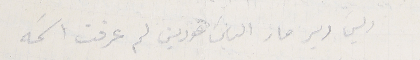
ريسَ دير مار الياسَ عودين لم عرفت اسَمه